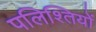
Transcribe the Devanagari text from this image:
पलिश्तियों